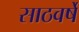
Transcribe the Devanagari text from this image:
साठवर्षे